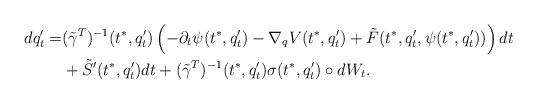
LaTeX: \begin{align*}dq^\prime_t=&(\tilde\gamma^T)^{-1}(t^*,q^\prime_t)\left(-\partial_t\psi(t^*,q^\prime_t)-\nabla_q V(t^*,q^\prime_t)+\tilde F(t^*,q^\prime_t,\psi(t^*,q^\prime_t))\right) dt\\& +\tilde S^\prime(t^*,q^\prime_t)dt+(\tilde\gamma^T)^{-1}(t^*,q^\prime_t)\sigma(t^*,q^\prime_t)\circ dW_t.\end{align*}